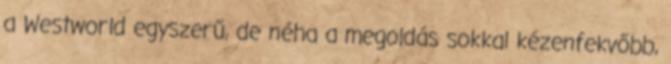
a Westworld egyszerű, de néha a megoldás sokkal kézenfekvőbb,